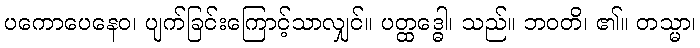
ပကောပေနေဝ၊ ပျက်ခြင်းကြောင့်သာလျှင်။ ပတ္ထဒ္ဓေါ၊ သည်။ ဘဝတိ၊ ၏။ တသ္မာ၊